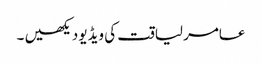
عامر لیاقت کی ویڈیو دیکھیں ۔